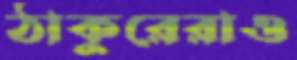
ঠাকুরেরাও